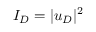
I _ { D } = | u _ { D } | ^ { 2 }